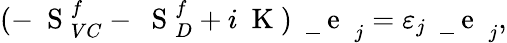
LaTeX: (-\mathrm{~\mathbf~S~}_{VC}^{f}-\mathrm{~\mathbf~S~}_{D}^{f}+i\mathrm{~\mathbf~K~})\mathrm{~\mathbf~\underline{~}{~e~}~}_{j}=\varepsilon_{j}\mathrm{~\mathbf~\underline{~}{~e~}~}_{j},